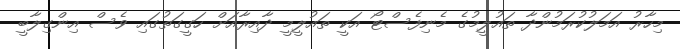
މިހާރު އަމަލުކުރަމުންދާ ތައުލީމުގެ މެނިފެސްޓޯ އަކީ ތައުލީމީ ދާއިރާއަށް ހަގީގަތުގައި ވެސް އިންގިލާބީ